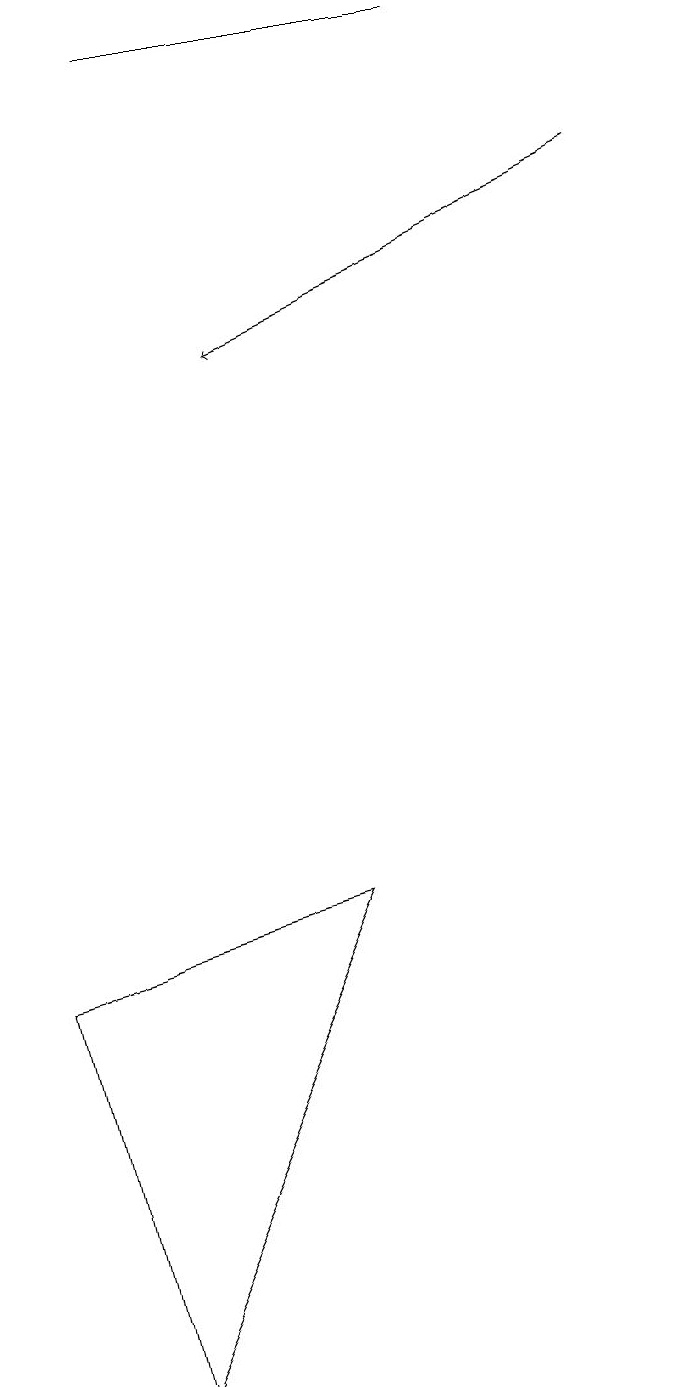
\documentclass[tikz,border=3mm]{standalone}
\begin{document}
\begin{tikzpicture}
\draw (3,18) rectangle (7,18);
\draw (1,6) -- (2,1) -- (5,7) -- cycle;
\draw[->] (9,16) -- (4,14);
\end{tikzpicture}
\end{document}